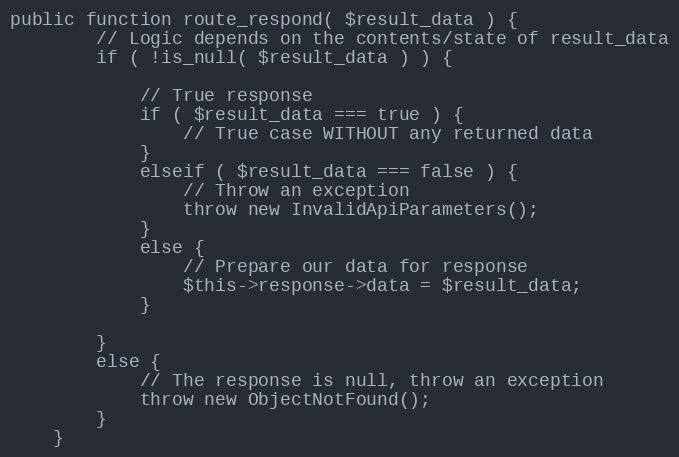
Language: PHP
public function route_respond( $result_data ) {
		// Logic depends on the contents/state of result_data
		if ( !is_null( $result_data ) ) {

			// True response
			if ( $result_data === true ) {
				// True case WITHOUT any returned data
			}
			elseif ( $result_data === false ) {
				// Throw an exception
				throw new InvalidApiParameters();
			}
			else {
				// Prepare our data for response
				$this->response->data = $result_data;
			}

		}
		else {
			// The response is null, throw an exception
			throw new ObjectNotFound();
		}
	}